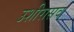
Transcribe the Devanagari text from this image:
उशीरासव